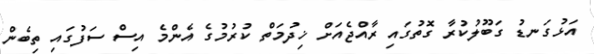
އަޅުގަނޑު ގަބޫލުކުރާ ގޮތުގައި ރާއްޖެއަށް ޚިދުމަތް ކުރުމުގެ އެންމެ އިސް ސަފުގައި ތިބެން